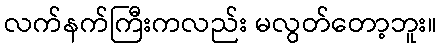
လက်နက်ကြီးကလည်း မလွတ်တော့ဘူး။